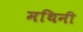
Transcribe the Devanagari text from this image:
मथिनी